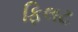
ફિલટ